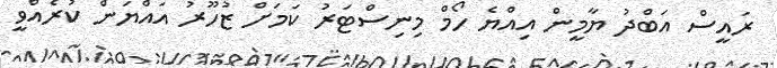
ރައީސް އަބްދު ޔާމީން އިއްޔެ ހޯމް މިނިސްޓަރު ކަމަށް ޒުހޫރު އައްޔަން ކުރެއްވީ